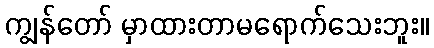
ကျွန်တော် မှာထားတာမရောက်သေးဘူး။